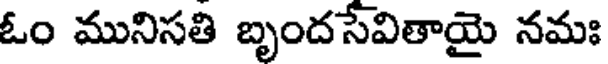
ఓం మునిసతి బృందసేవితాయై నమః